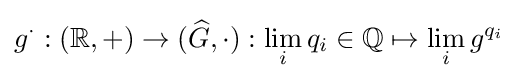
g^{\cdot }:(\mathbb {R} ,+)\to ({\widehat {G}},\cdot ):\lim _{i}q_{i}\in \mathbb {Q} \mapsto \lim _{i}g^{q_{i}}